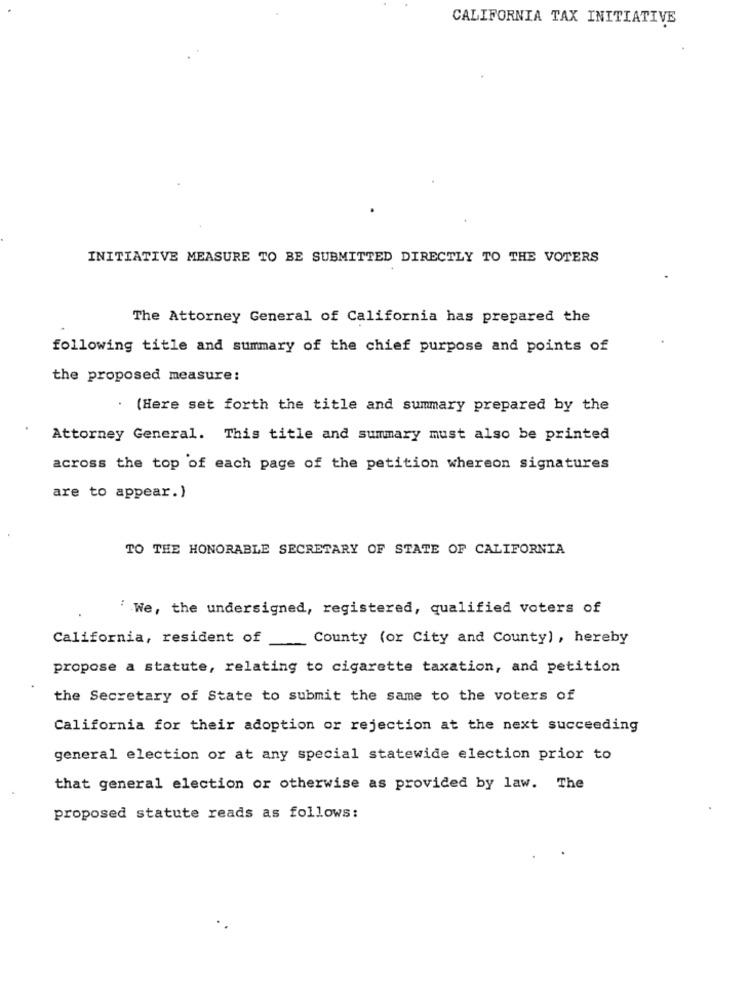
CALIFORNIA TAX INITIATIVE
INITIATIVE MEASURE TO BE SUBMITTED DIRECTLY TO THE VOTERS
The Attorney General of California has prepared the
following title and summary of the chief purpose and points of
the proposed measure:
(Here set forth the title and summary prepared by the
Attorney General. This title and summary must also be printed
across the top of each page of the petition whereon signatures
are to appear.)
TO THE HONORABLE SECRETARY OF STATE OF CALIFORNIA
" We, the undersigned, registered, qualified voters of
California, resident of
County (or City and County), hereby
propose a statute, relating to cigarette taxation, and petition
the Secretary of State to submit the same to the voters of
California for their adoption or rejection at the next succeeding
general election or at any special statewide election prior to
that general election or otherwise as provided by law. The
proposed statute reads as follows: